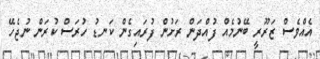
އެއްވެސް ޒަރޫރީ ބޭނުމެއް ފުއްދަން ރަށުން ފުރައިގެން ކަނޑު ހުރަސް ކުރަން ނުޖެހޭ